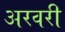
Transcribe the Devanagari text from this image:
अरवरी